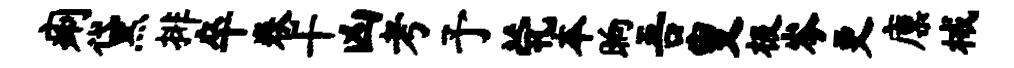
痢黛排卒卷十凶考予茕本晌吾叟极岑更廪械